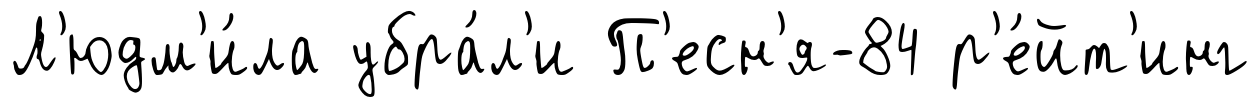
Л'юдм'и́ла убра́л'и П'есн'я-84 р'е́йт'инг